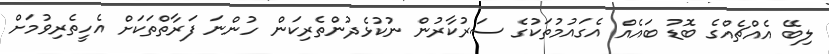
ލިބޭ އެއްޗެއްގެ ބޮޑު ބައެއް އެގައުމުތަކުގެ ސަރުކާރުން ނުކުޅެދުންތެރިކަން ހުންނަ ފަރާތްތަކަށް އެހީތެރިވުމަށް